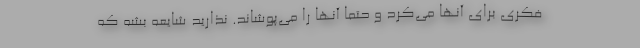
فکری برای آنها می‌کرد و حتما آنها را می‌پوشاند. نذارید شایعه بشه که